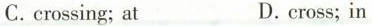
C.crossing; at D.cross;in